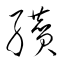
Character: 纘